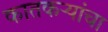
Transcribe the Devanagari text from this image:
कातकऱ्यांचा